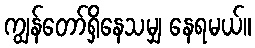
ကျွန်တော်ရှိနေသမျှ နေရမယ်။